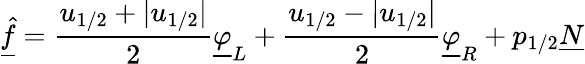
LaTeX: \underline{{\hat{f}}}=\frac{u_{1/2}+|u_{1/2}|}{2}\underline{{\varphi}}_{L}+\frac{u_{1/2}-|u_{1/2}|}{2}\underline{{\varphi}}_{R}+p_{1/2}\underline{{N}}